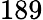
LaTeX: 189